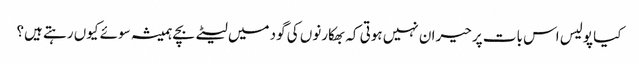
کیا پولیس اس بات پر حیران نہیں ہوتی کہ بھکارنوں کی گود میں لیٹے بچے ہمیشہ سوئے کیوں رہتے ہیں؟